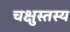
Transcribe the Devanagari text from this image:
चक्षुस्तस्य